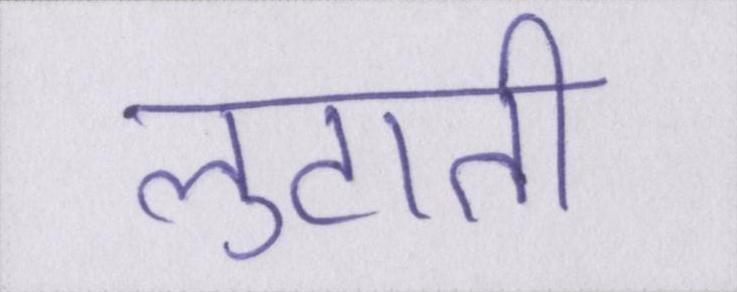
लुटाती